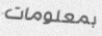
بمعلومات